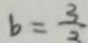
b = \frac { 3 } { 2 }